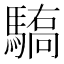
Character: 𱄫